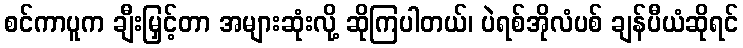
စင်ကာပူက ချီးမြှင့်တာ အများဆုံးလို့ ဆိုကြပါတယ်၊ ပဲရစ်အိုလံပစ် ချန်ပီယံဆိုရင်